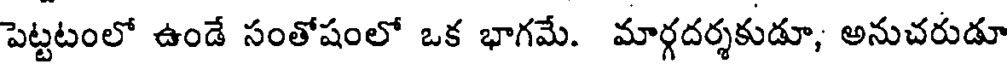
పెట్టటంలో ఉండే సంతోషంలో ఒక భాగమే. మార్గదర్శకుడూ, అనుచరుడూ